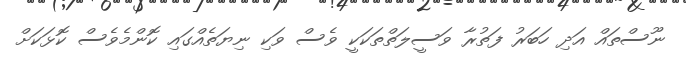
ނޫސްތައް އަދި ހަބަރު ފަތުރާ ވަސީލަތްތަކަކީ ވެސް ވަކި ނިޔަތެއްގައި ކޮންމެވެސް ކޮޅަކަށް